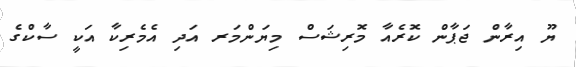
ޔޫ އިރާން ޖަޕާން ކޮރެއާ މޮރިޝަސް މިޔަންމަރ އަދި އެމެރިކާ އަކީ ސާކްގެ